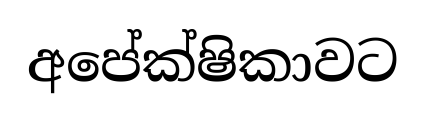
අපේක්ෂිකාවට